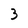
Character: 3